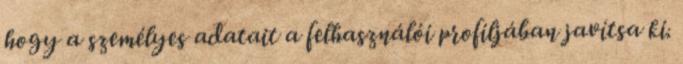
hogy a személyes adatait a felhasználói profiljában javítsa ki.